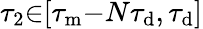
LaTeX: \tau_{2}{\in}[\tau_{\mathrm{m}}{-}N\tau_{\mathrm{d}},\tau_{\mathrm{d}}]